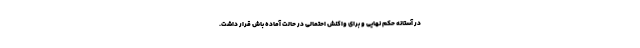
در آستانه حکم نهایی و برای واکنش احتمالی در حالت آماده باش قرار داشت.